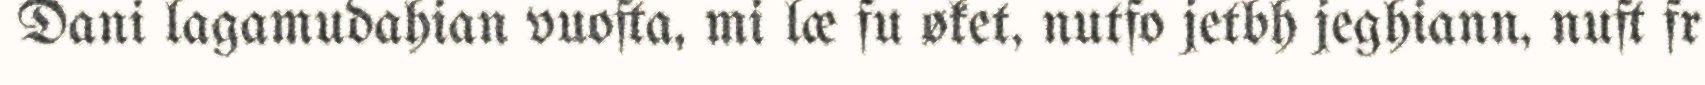
Dani lagamudahian vuofta, mi læ fu øket, nutfo jetbh jeghiann, nuft fr